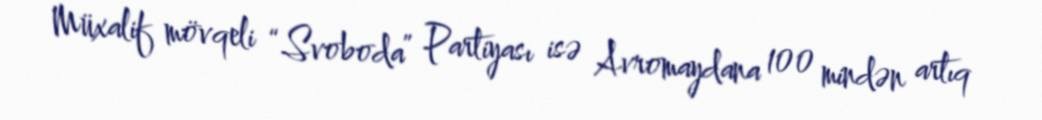
Müxalif mövqeli “Svoboda” Partiyası isə Avromaydana 100 mindən artıq